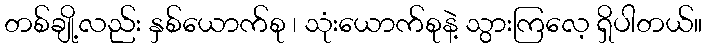
တစ်ချို့လည်း နှစ်ယောက်စု ၊ သုံးယောက်စုနဲ့ သွားကြလေ့ ရှိပါတယ်။